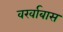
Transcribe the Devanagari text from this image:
वर्खाबास